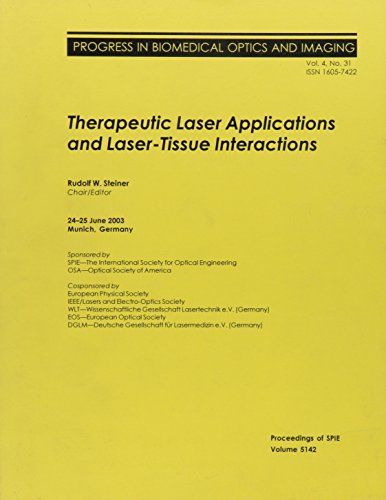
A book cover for Therapeutic Laser Applications and Laser-Tissue Interactions (Proceedings of SPIE); Medical Books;